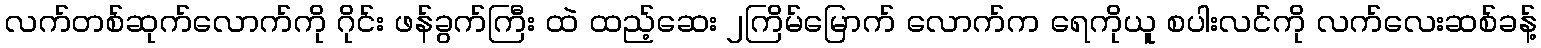
လက်တစ်ဆုက်လောက်ကို ဂိုင်း ဖန်ခွက်ကြီး ထဲ ထည့်ဆေး ၂ကြိမ်မြောက် လောက်က ရေကိုယူ စပါးလင်ကို လက်လေးဆစ်ခန့်